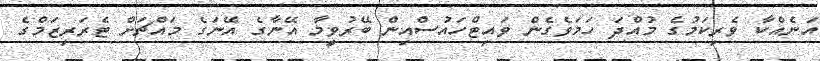
އަނެއްކާ ވެރިކަމުގެ މުއްދަ ހަމަވެގެން ވައިޓްހައުސްއިން ބޭރުވީމާ އޭނާގެ އޭނަގެ މައްޗަށް ޓެރަރިޒަމްގެ